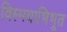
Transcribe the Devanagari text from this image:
विस्मयाभिभूत